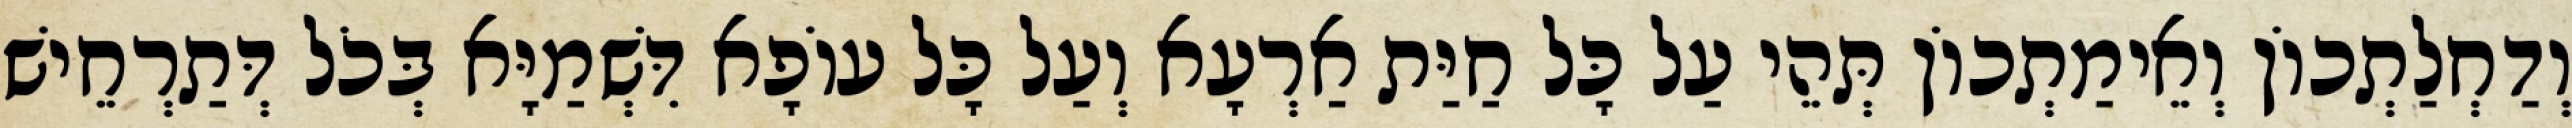
וְדַחְלַתְכוֹן וְאֵימַתְכוֹן תְּהֵי עַל כָּל חַיַּת אַרְעָא וְעַל כָּל עוֹפָא דִּשְׁמַיָּא בְּכֹל דְּתַרְחֵישׁ